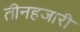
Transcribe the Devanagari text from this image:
तीनहजारी